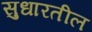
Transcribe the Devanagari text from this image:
सुधारतील